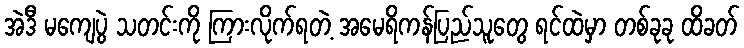
အဲဒီ မကျေပွဲ သတင်းကို ကြားလိုက်ရတဲ့ အမေရိကန်ပြည်သူတွေ ရင်ထဲမှာ တစ်ခုခု ထိခတ်